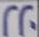
220